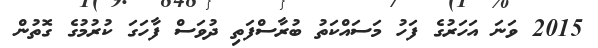
2015 ވަނަ އަހަރުގެ ފަހު މަސައްކަތު ބުރާސްފަތި ދުވަސް ފާހަގަ ކުރުމުގެ ގޮތުން